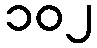
၁၀၂